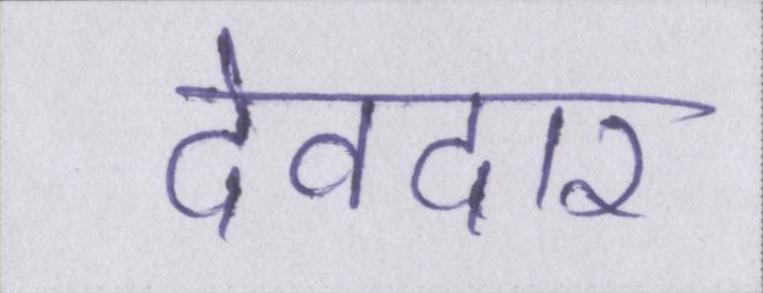
देवदार